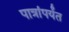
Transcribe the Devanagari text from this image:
पात्रांपर्यंत